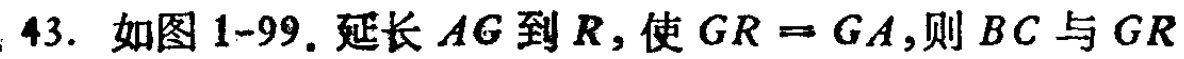
43. 如图1-99. 延长 \(AG\) 到 \(R\)，使 \(GR = GA\)，则 \(BC\) 与 \(GR\)